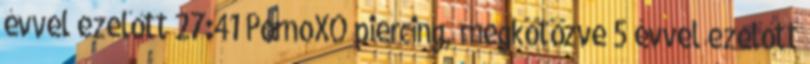
évvel ezelőtt 27:41 PornoXO piercing, megkötözve 5 évvel ezelőtt